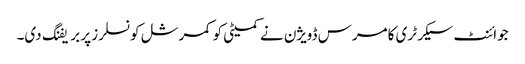
جوائنٹ سیکرٹری کامرس ڈویژن نے کمیٹی کو کمرشل کونسلرز پر بریفنگ دی۔